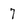
Character: 7